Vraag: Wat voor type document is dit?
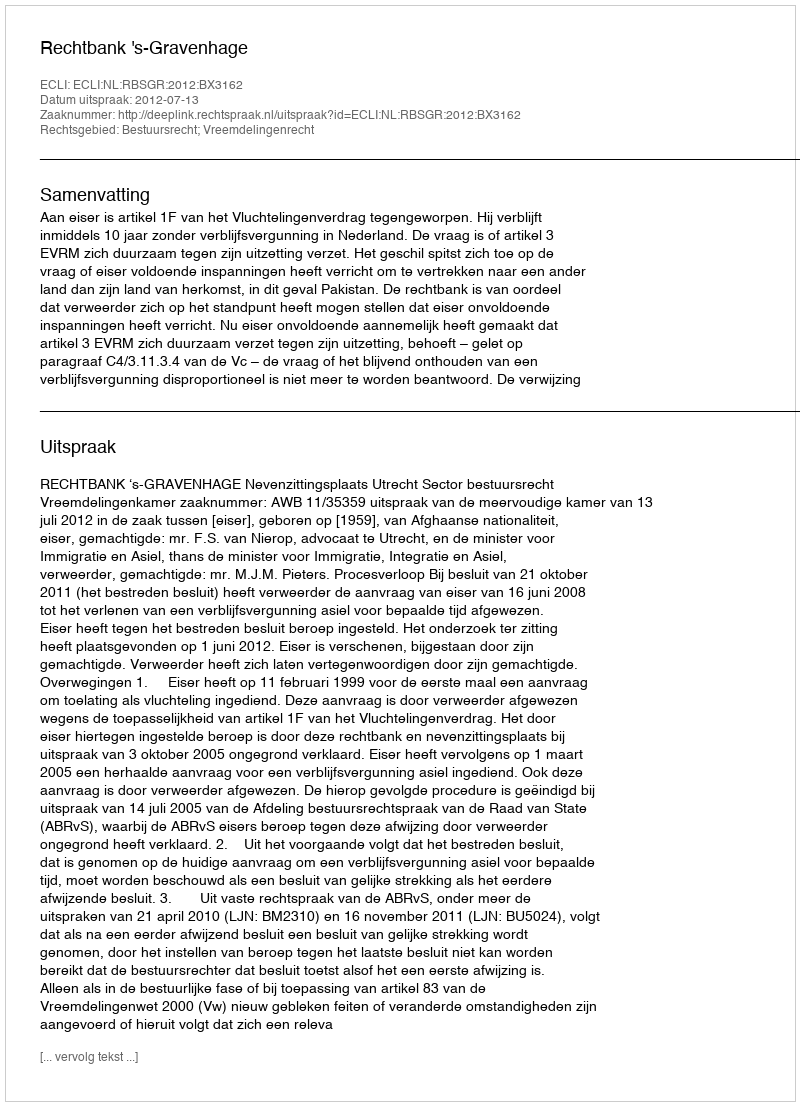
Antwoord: Uitspraak